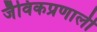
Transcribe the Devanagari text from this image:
जैविकप्रणाली